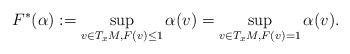
LaTeX: \begin{align*} F^*(\alpha):= \sup_{v\in T_xM,F(v)\leq 1 }\alpha(v) = \sup_{v \in T_xM,F(v)=1}\alpha(v). \end{align*}